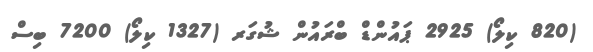
(820 ކިލޯ) 2925 ޕައުންޑް ބްރައުން ޝުގަރ (1327 ކިލޯ) 7200 ބިސް